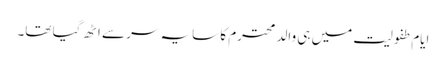
ایام طفولیت میں ہی والد محترم کا سایہ سر سے اٹھ گیا تھا۔